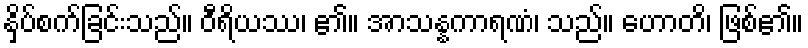
နှိပ်စက်ခြင်းသည်။ ဝီရိယဿ၊ ၏။ အာသန္နကာရဏံ၊ သည်။ ဟောတိ၊ ဖြစ်၏။